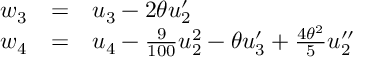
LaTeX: \begin{array} { l c l } { { w _ { 3 } } } & { { = } } & { { u _ { 3 } - 2 \theta u _ { 2 } ^ { \prime } } } \\ { { w _ { 4 } } } & { { = } } & { { u _ { 4 } - \frac { 9 } { 1 0 0 } u _ { 2 } ^ { 2 } - \theta u _ { 3 } ^ { \prime } + \frac { { 4 \theta ^ { 2 } } } { 5 } u _ { 2 } ^ { \prime \prime } } } \end{array}